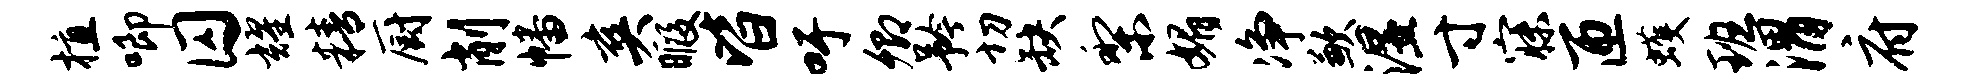
植唧囚耀精厨削幡爽暇皆吁卿矜切缺梨媚净歉湿寸寐匝蠖班渭府